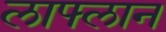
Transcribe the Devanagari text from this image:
लाफ्लान